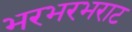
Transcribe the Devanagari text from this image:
भरभरभराट